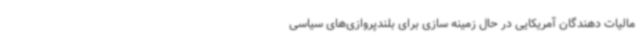
مالیات دهندگان آمریکایی در حال زمینه سازی برای بلندپروازی‌های سیاسی